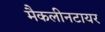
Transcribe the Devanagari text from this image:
मैकलीनटायर